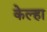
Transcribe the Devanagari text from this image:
केल्हा